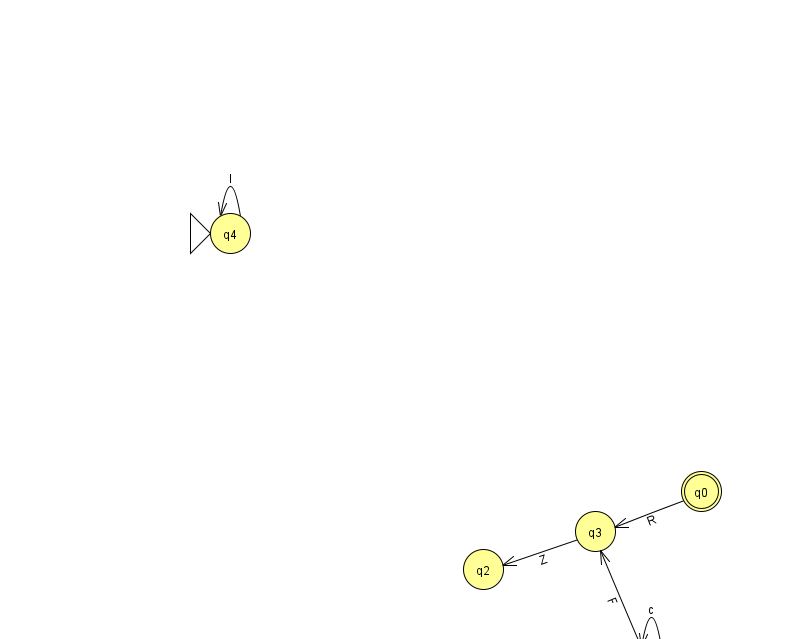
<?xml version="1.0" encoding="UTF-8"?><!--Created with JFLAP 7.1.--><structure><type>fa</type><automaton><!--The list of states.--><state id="0" name="q0"><x>701.0</x><y>478.0</y><final/></state><state id="1" name="q1"><x>966.0</x><y>50.0</y></state><state id="2" name="q2"><x>483.0</x><y>556.0</y></state><state id="3" name="q3"><x>595.0</x><y>518.0</y></state><state id="4" name="q4"><x>230.0</x><y>220.0</y><initial/></state><state id="5" name="q5"><x>651.0</x><y>651.0</y><final/></state><!--The list of transitions.--><transition><from>1</from><to>1</to><read>A</read></transition><transition><from>5</from><to>5</to><read>c</read></transition><transition><from>5</from><to>3</to><read>F</read></transition><transition><from>4</from><to>4</to><read>I</read></transition><transition><from>3</from><to>2</to><read>Z</read></transition><transition><from>0</from><to>3</to><read>R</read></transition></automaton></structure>